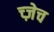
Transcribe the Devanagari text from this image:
च्ज़ेच